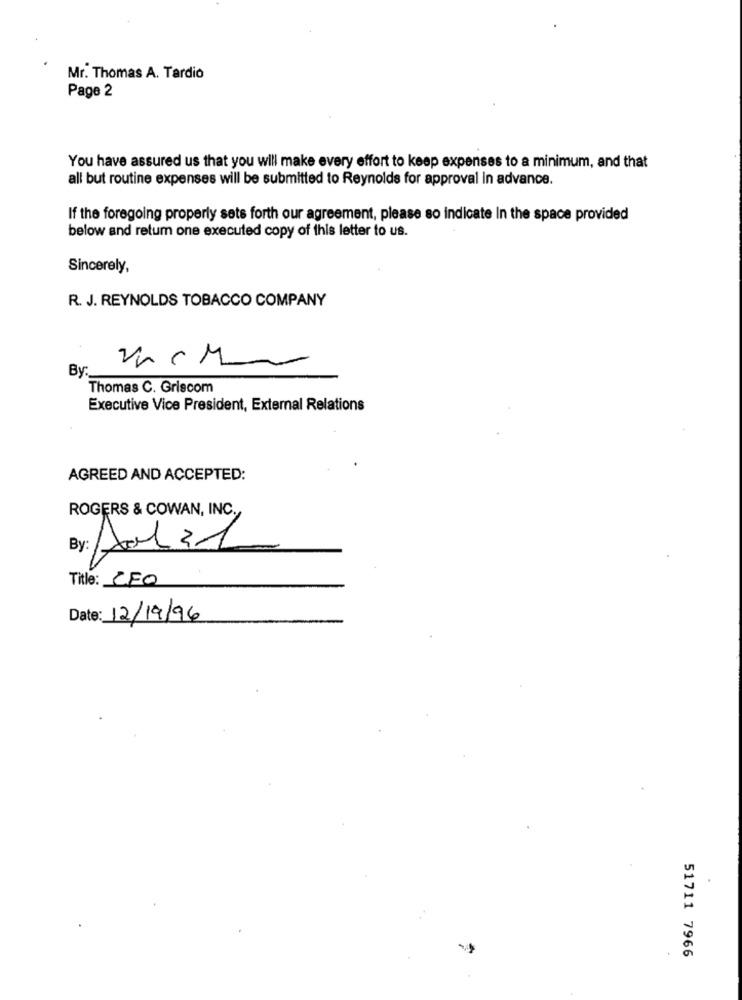
Mr. Thomas A. Tardio
Page 2
You have assured us that you will make every effort to keep expenses to a minimum, and that
all but routine expenses will be submitted to Reynolds for approval in advance.
If the foregoing properly sets forth our agreement, please so indicate In the space provided
below and return one executed copy of this letter to us.
Sincerely,
R. J. REYNOLDS TOBACCO COMPANY
By:
Thomas C. Griscom
Executive Vice President, External Relations
AGREED AND ACCEPTED:
ROGERS & COWAN, INC.
By: Hal 31
Title: CFO
Date: 12/19/96
51711 7966